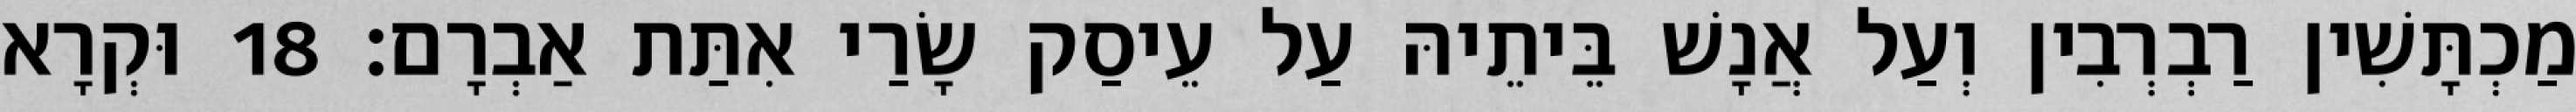
מַכְתָּשִׁין רַבְרְבִין וְעַל אֲנָשׁ בֵּיתֵיהּ עַל עֵיסַק שָׂרַי אִתַּת אַבְרָם׃ 18 וּקְרָא